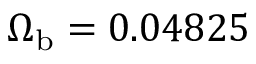
\Omega _ { \mathrm { b } } = 0 . 0 4 8 2 5